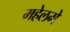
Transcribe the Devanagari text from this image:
महेलमे